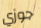
جوزي